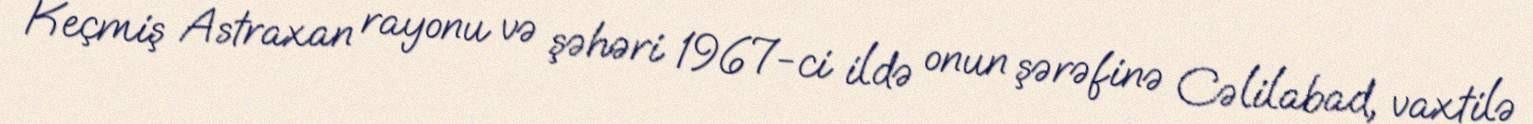
Keçmiş Astraxan rayonu və şəhəri 1967-ci ildə onun şərəfinə Cəlilabad, vaxtilə